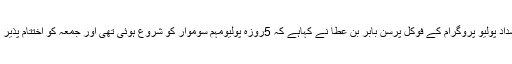
پاکستان انسداد پولیو پروگرام کے فوکل پرسن بابر بن عطا نے کہاہے کہ 5روزہ پولیومہم سوموار کو شروع ہوئی تھی اور جمعہ کو اختتام پذیر ہوگئی ہے۔